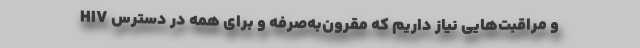
HIV و مراقبت‌هایی نیاز داریم که مقرون‌به‌صرفه و برای همه در دسترس